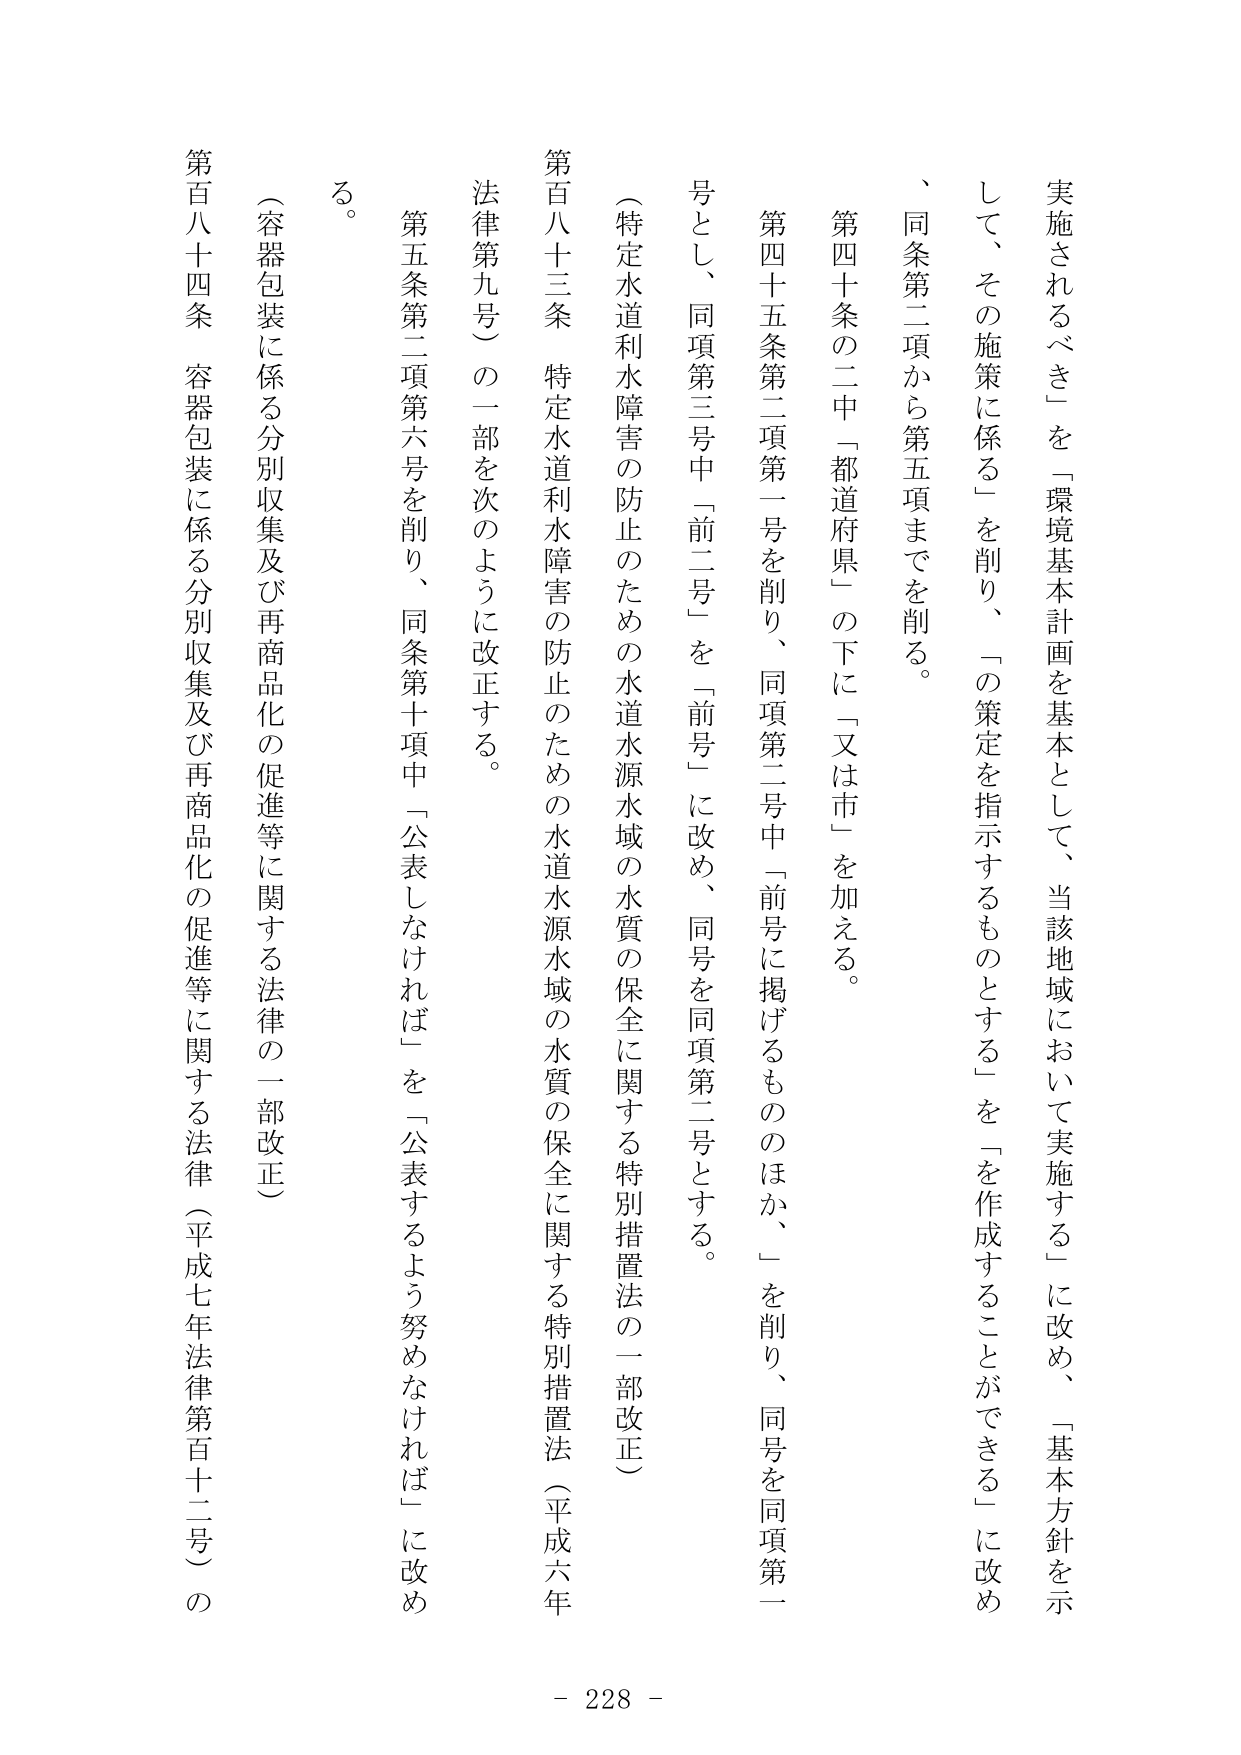
実施されるべき」を「環境基本計画を基本として、当該地域において実施する」に改め、「基本方針を示して、その施策に係る」を削り、「の策定を指示するものとする」を「を作成することができる」に改め、同条第二項から第五項までを削る。

第四十条の二中「都道府県」の下に「又は市」を加える。

第四十五条第二項第一号を削り、同項第二号中「前号に掲げるもののほか、」を削り、同号を同項第一号とし、同項第三号中「前二号」を「前号」に改め、同号を同項第二号とする。

（特定水道利水障害の防止のための水道水源水域の水質の保全に関する特別措置法の一部改正）

第百八十三条　特定水道利水障害の防止のための水道水源水域の水質の保全に関する特別措置法（平成六年法律第九号）の一部を次のように改正する。

第五条第二項第六号を削り、同条第十項中「公表しなければ」を「公表するよう努めなければ」に改める。

（容器包装に係る分別収集及び再商品化の促進等に関する法律の一部改正）

第百八十四条　容器包装に係る分別収集及び再商品化の促進等に関する法律（平成七年法律第百十二号）の

- 228 -